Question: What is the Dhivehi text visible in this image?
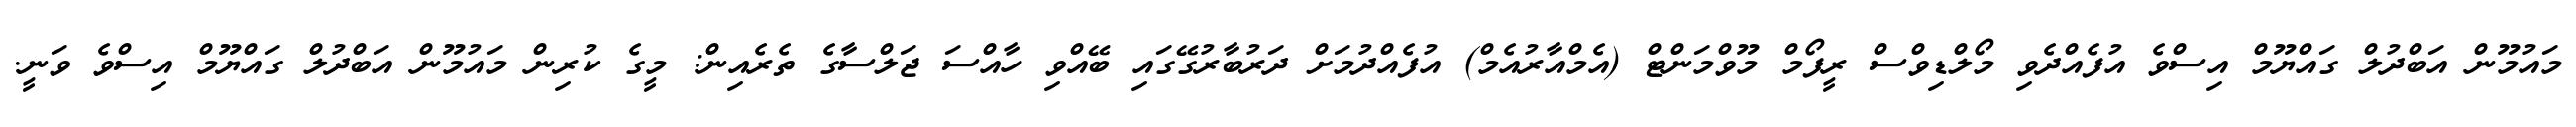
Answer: މައުމޫން އަބްދުލް ގައްޔޫމް އިސްވެ އުފެއްދެވި މޯލްޑިވްސް ރީފޯމް މޫވްމަންޓް (އެމްއާރުއެމް) އުފެއްދުމަށް ދަރުބާރުގޭގައި ބޭއްވި ހާއްސަ ޖަލްސާގެ ތެރެއިން: މީގެ ކުރިން މައުމޫން އަބްދުލް ގައްޔޫމް އިސްވެ ވަނީ.